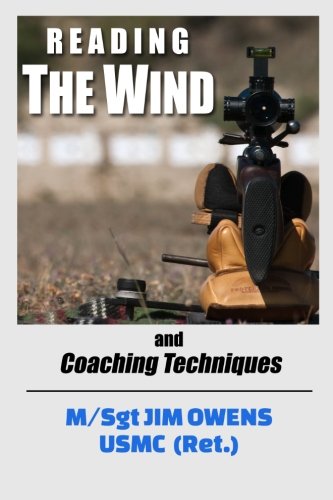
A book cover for Reading the Wind and Coaching Techniques; Jim Owens; Sports & Outdoors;